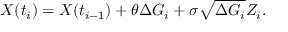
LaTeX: X ( t _ { i } ) = X ( t _ { i - 1 } ) + \theta \Delta G _ { i } + \sigma { \sqrt { \Delta G _ { i } } } Z _ { i } .